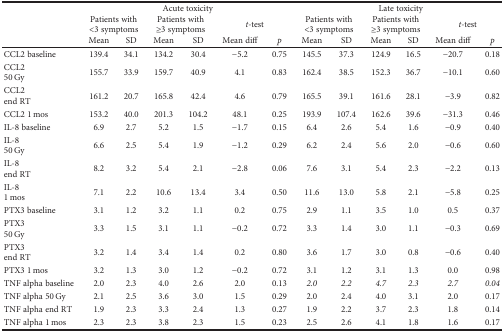
<table><thead><tr><td rowspan="3"></td><td colspan="6"><b>Acute toxicity</b></td><td colspan="6"><b>Late toxicity</b></td></tr><tr><td colspan="2"><b>Patients with &lt;3 symptoms</b></td><td colspan="2"><b>Patients with ≥3 symptoms</b></td><td colspan="2"><b><i>t</i>-test</b></td><td colspan="2"><b>Patients with &lt;3 symptoms</b></td><td colspan="2"><b>Patients with ≥3 symptoms</b></td><td colspan="2"><b><i>t</i>-test</b></td></tr><tr><td><b>Mean</b></td><td><b>SD</b></td><td><b>Mean</b></td><td><b>SD</b></td><td><b>Mean diff</b></td><td><b><i>p</i></b></td><td><b>Mean</b></td><td><b>SD</b></td><td><b>Mean</b></td><td><b>SD</b></td><td><b>Mean diff</b></td><td><b><i>p</i></b></td></tr></thead><tbody><tr><td>CCL2 baseline</td><td>139.4</td><td>34.1</td><td>134.2</td><td>30.4</td><td>−5.2</td><td>0.75</td><td>145.5</td><td>37.3</td><td>124.9</td><td>16.5</td><td>−20.7</td><td>0.18</td></tr><tr><td>CCL250 Gy</td><td>155.7</td><td>33.9</td><td>159.7</td><td>40.9</td><td>4.1</td><td>0.83</td><td>162.4</td><td>38.5</td><td>152.3</td><td>36.7</td><td>−10.1</td><td>0.60</td></tr><tr><td>CCL2end RT</td><td>161.2</td><td>20.7</td><td>165.8</td><td>42.4</td><td>4.6</td><td>0.79</td><td>165.5</td><td>39.1</td><td>161.6</td><td>28.1</td><td>−3.9</td><td>0.82</td></tr><tr><td>CCL2 1 mos</td><td>153.2</td><td>40.0</td><td>201.3</td><td>104.2</td><td>48.1</td><td>0.25</td><td>193.9</td><td>107.4</td><td>162.6</td><td>39.6</td><td>−31.3</td><td>0.46</td></tr><tr><td>IL-8 baseline</td><td>6.9</td><td>2.7</td><td>5.2</td><td>1.5</td><td>−1.7</td><td>0.15</td><td>6.4</td><td>2.6</td><td>5.4</td><td>1.6</td><td>−0.9</td><td>0.40</td></tr><tr><td>IL-850 Gy</td><td>6.6</td><td>2.5</td><td>5.4</td><td>1.9</td><td>−1.2</td><td>0.29</td><td>6.2</td><td>2.4</td><td>5.6</td><td>2.0</td><td>−0.6</td><td>0.60</td></tr><tr><td>IL-8end RT</td><td>8.2</td><td>3.2</td><td>5.4</td><td>2.1</td><td>−2.8</td><td>0.06</td><td>7.6</td><td>3.1</td><td>5.4</td><td>2.3</td><td>−2.2</td><td>0.13</td></tr><tr><td>IL-81 mos</td><td>7.1</td><td>2.2</td><td>10.6</td><td>13.4</td><td>3.4</td><td>0.50</td><td>11.6</td><td>13.0</td><td>5.8</td><td>2.1</td><td>−5.8</td><td>0.25</td></tr><tr><td>PTX3 baseline</td><td>3.1</td><td>1.2</td><td>3.2</td><td>1.1</td><td>0.2</td><td>0.75</td><td>2.9</td><td>1.1</td><td>3.5</td><td>1.0</td><td>0.5</td><td>0.37</td></tr><tr><td>PTX350 Gy</td><td>3.3</td><td>1.5</td><td>3.1</td><td>1.1</td><td>−0.2</td><td>0.72</td><td>3.3</td><td>1.4</td><td>3.0</td><td>1.1</td><td>−0.3</td><td>0.69</td></tr><tr><td>PTX3end RT</td><td>3.2</td><td>1.4</td><td>3.4</td><td>1.4</td><td>0.2</td><td>0.80</td><td>3.6</td><td>1.7</td><td>3.0</td><td>0.8</td><td>−0.6</td><td>0.40</td></tr><tr><td>PTX3 1 mos</td><td>3.2</td><td>1.3</td><td>3.0</td><td>1.2</td><td>−0.2</td><td>0.72</td><td>3.1</td><td>1.2</td><td>3.1</td><td>1.3</td><td>0.0</td><td>0.98</td></tr><tr><td>TNF alpha baseline</td><td>2.0</td><td>2.3</td><td>4.0</td><td>2.6</td><td>2.0</td><td>0.13</td><td><i>2.0</i></td><td><i>2.2</i></td><td><i>4.7</i></td><td><i>2.3</i></td><td><i>2.7</i></td><td><i>0.04</i></td></tr><tr><td>TNF alpha 50 Gy</td><td>2.1</td><td>2.5</td><td>3.6</td><td>3.0</td><td>1.5</td><td>0.29</td><td>2.0</td><td>2.4</td><td>4.0</td><td>3.1</td><td>2.0</td><td>0.17</td></tr><tr><td>TNF alpha end RT</td><td>1.9</td><td>2.3</td><td>3.3</td><td>2.4</td><td>1.3</td><td>0.27</td><td>1.9</td><td>2.2</td><td>3.7</td><td>2.3</td><td>1.8</td><td>0.14</td></tr><tr><td>TNF alpha 1 mos</td><td>2.3</td><td>2.3</td><td>3.8</td><td>2.3</td><td>1.5</td><td>0.23</td><td>2.5</td><td>2.6</td><td>4.1</td><td>1.8</td><td>1.6</td><td>0.17</td></tr></tbody></table>